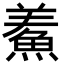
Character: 鮺